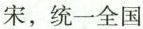
宋，统一全国